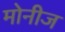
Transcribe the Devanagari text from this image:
मोनीज